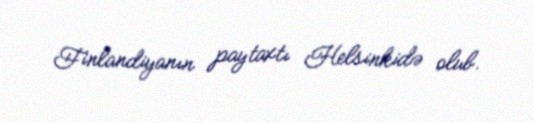
Finlandiyanın paytaxtı Helsinkidə olub.